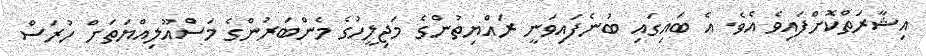
އިޝާރަތްކޮށްފައިވެ އެވެ. އެ ބައިގައި ބުނެފައިވަނީ ރައްޔިތުންގެ މަޖިލީހުގެ މެންބަރުންގެ މަސްއޫލިއްޔަތަށް ހުރަސް